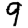
Digit: 9